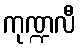
ကုဏ္ဍလီ